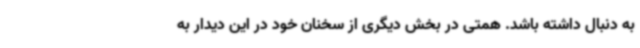
به دنبال داشته باشد. همتی در بخش دیگری از سخنان خود در این دیدار به